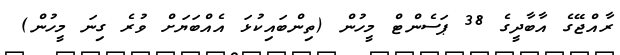
ރާއްޖޭގެ އާބާދީގެ 38 ޕަސެންޓް މީހުން (ތިންބައިކުޅަ އެއްބަޔަށް ވުރެ ގިނަ މީހުން)